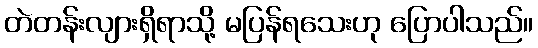
တဲတန်းလျားရှိရာသို့ မပြန်ရသေးဟု ပြောပါသည်။